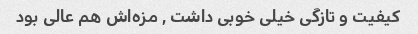
کیفیت و تازگی خیلی خوبی داشت , مزه‌اش هم عالی بود